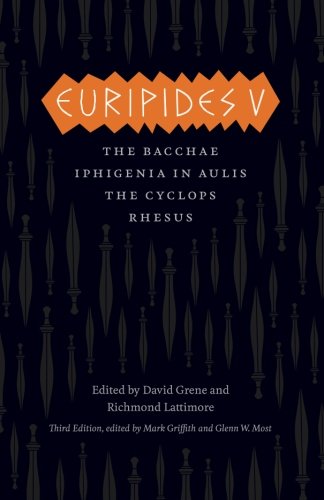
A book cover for Euripides V: Bacchae, Iphigenia in Aulis, The Cyclops, Rhesus (The Complete Greek Tragedies); Euripides; Literature & Fiction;